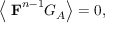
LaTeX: \left\langle \mathrm { { \bf ~ F } } ^ { n - 1 } G _ { A } \right\rangle = 0 ,